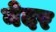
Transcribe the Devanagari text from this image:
नेदर